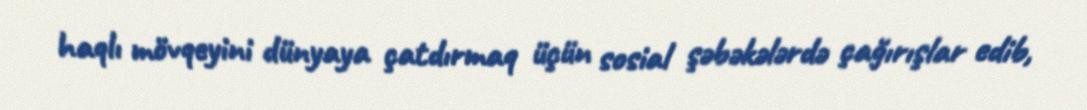
haqlı mövqeyini dünyaya çatdırmaq üçün sosial şəbəkələrdə çağırışlar edib,